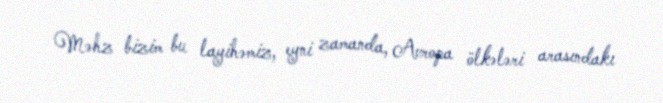
Məhz bizim bu layihəmiz, eyni zamanda, Avropa ölkələri arasındakı